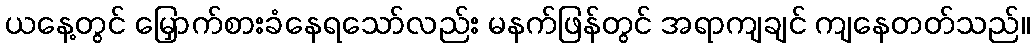
ယနေ့တွင် မြှောက်စားခံနေရသော်လည်း မနက်ဖြန်တွင် အရာကျချင် ကျနေတတ်သည်။